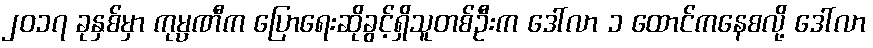
၂၀၁၇ ခုနှစ်မှာ ကုမ္ပဏီက ပြောရေးဆိုခွင့်ရှိသူတစ်ဦးက ဒေါ်လာ ၁ ထောင်ကနေစလို့ ဒေါ်လာ